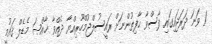
1 ވަނަ ދަރަޖައިގައި ފާސްވާ ޙާފިޡުންނަށް ރައީސުލްޖުމްހޫރިއްޔާ ދެއްވާ ޚާއްޞަ މެޑެލް ޤައުމީ